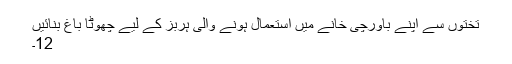
تختوں سے اپنے باورچی خانے میں استعمال ہونے والی ہربز کے لیے چھوٹا باغ بنائیں
12۔